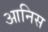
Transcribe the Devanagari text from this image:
आनिस